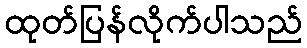
ထုတ်ပြန်လိုက်ပါသည်